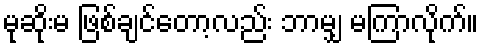
မုဆိုးမ ဖြစ်ချင်တော့လည်း ဘာမျှ မကြာလိုက်။